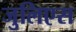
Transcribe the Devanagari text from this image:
जुलिएस